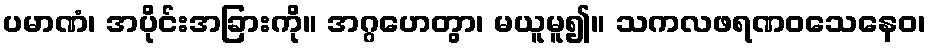
ပမာဏံ၊ အပိုင်းအခြားကို။ အဂ္ဂဟေတွာ၊ မယူမူ၍။ သကလဖရဏဝသေနေဝ၊